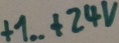
Text: +1... +24V